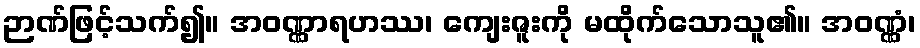
ဉာဏ်ဖြင့်သက်၍။ အဝဏ္ဏာရဟဿ၊ ကျေးဇူးကို မထိုက်သောသူ၏။ အဝဏ္ဏံ၊